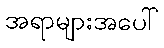
အရာများအပေါ်